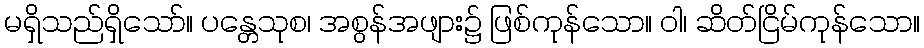
မရှိသည်ရှိသော်။ ပန္တေသုစ၊ အစွန်အဖျား၌ ဖြစ်ကုန်သော။ ဝါ၊ ဆိတ်ငြိမ်ကုန်သော။